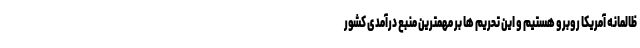
ظالمانه آمریکا روبرو هستیم و این تحریم ها بر مهمترین منبع درآمدی کشور